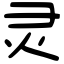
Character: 灵